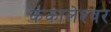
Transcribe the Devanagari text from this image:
कंकालेश्‍वर